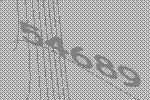
54689